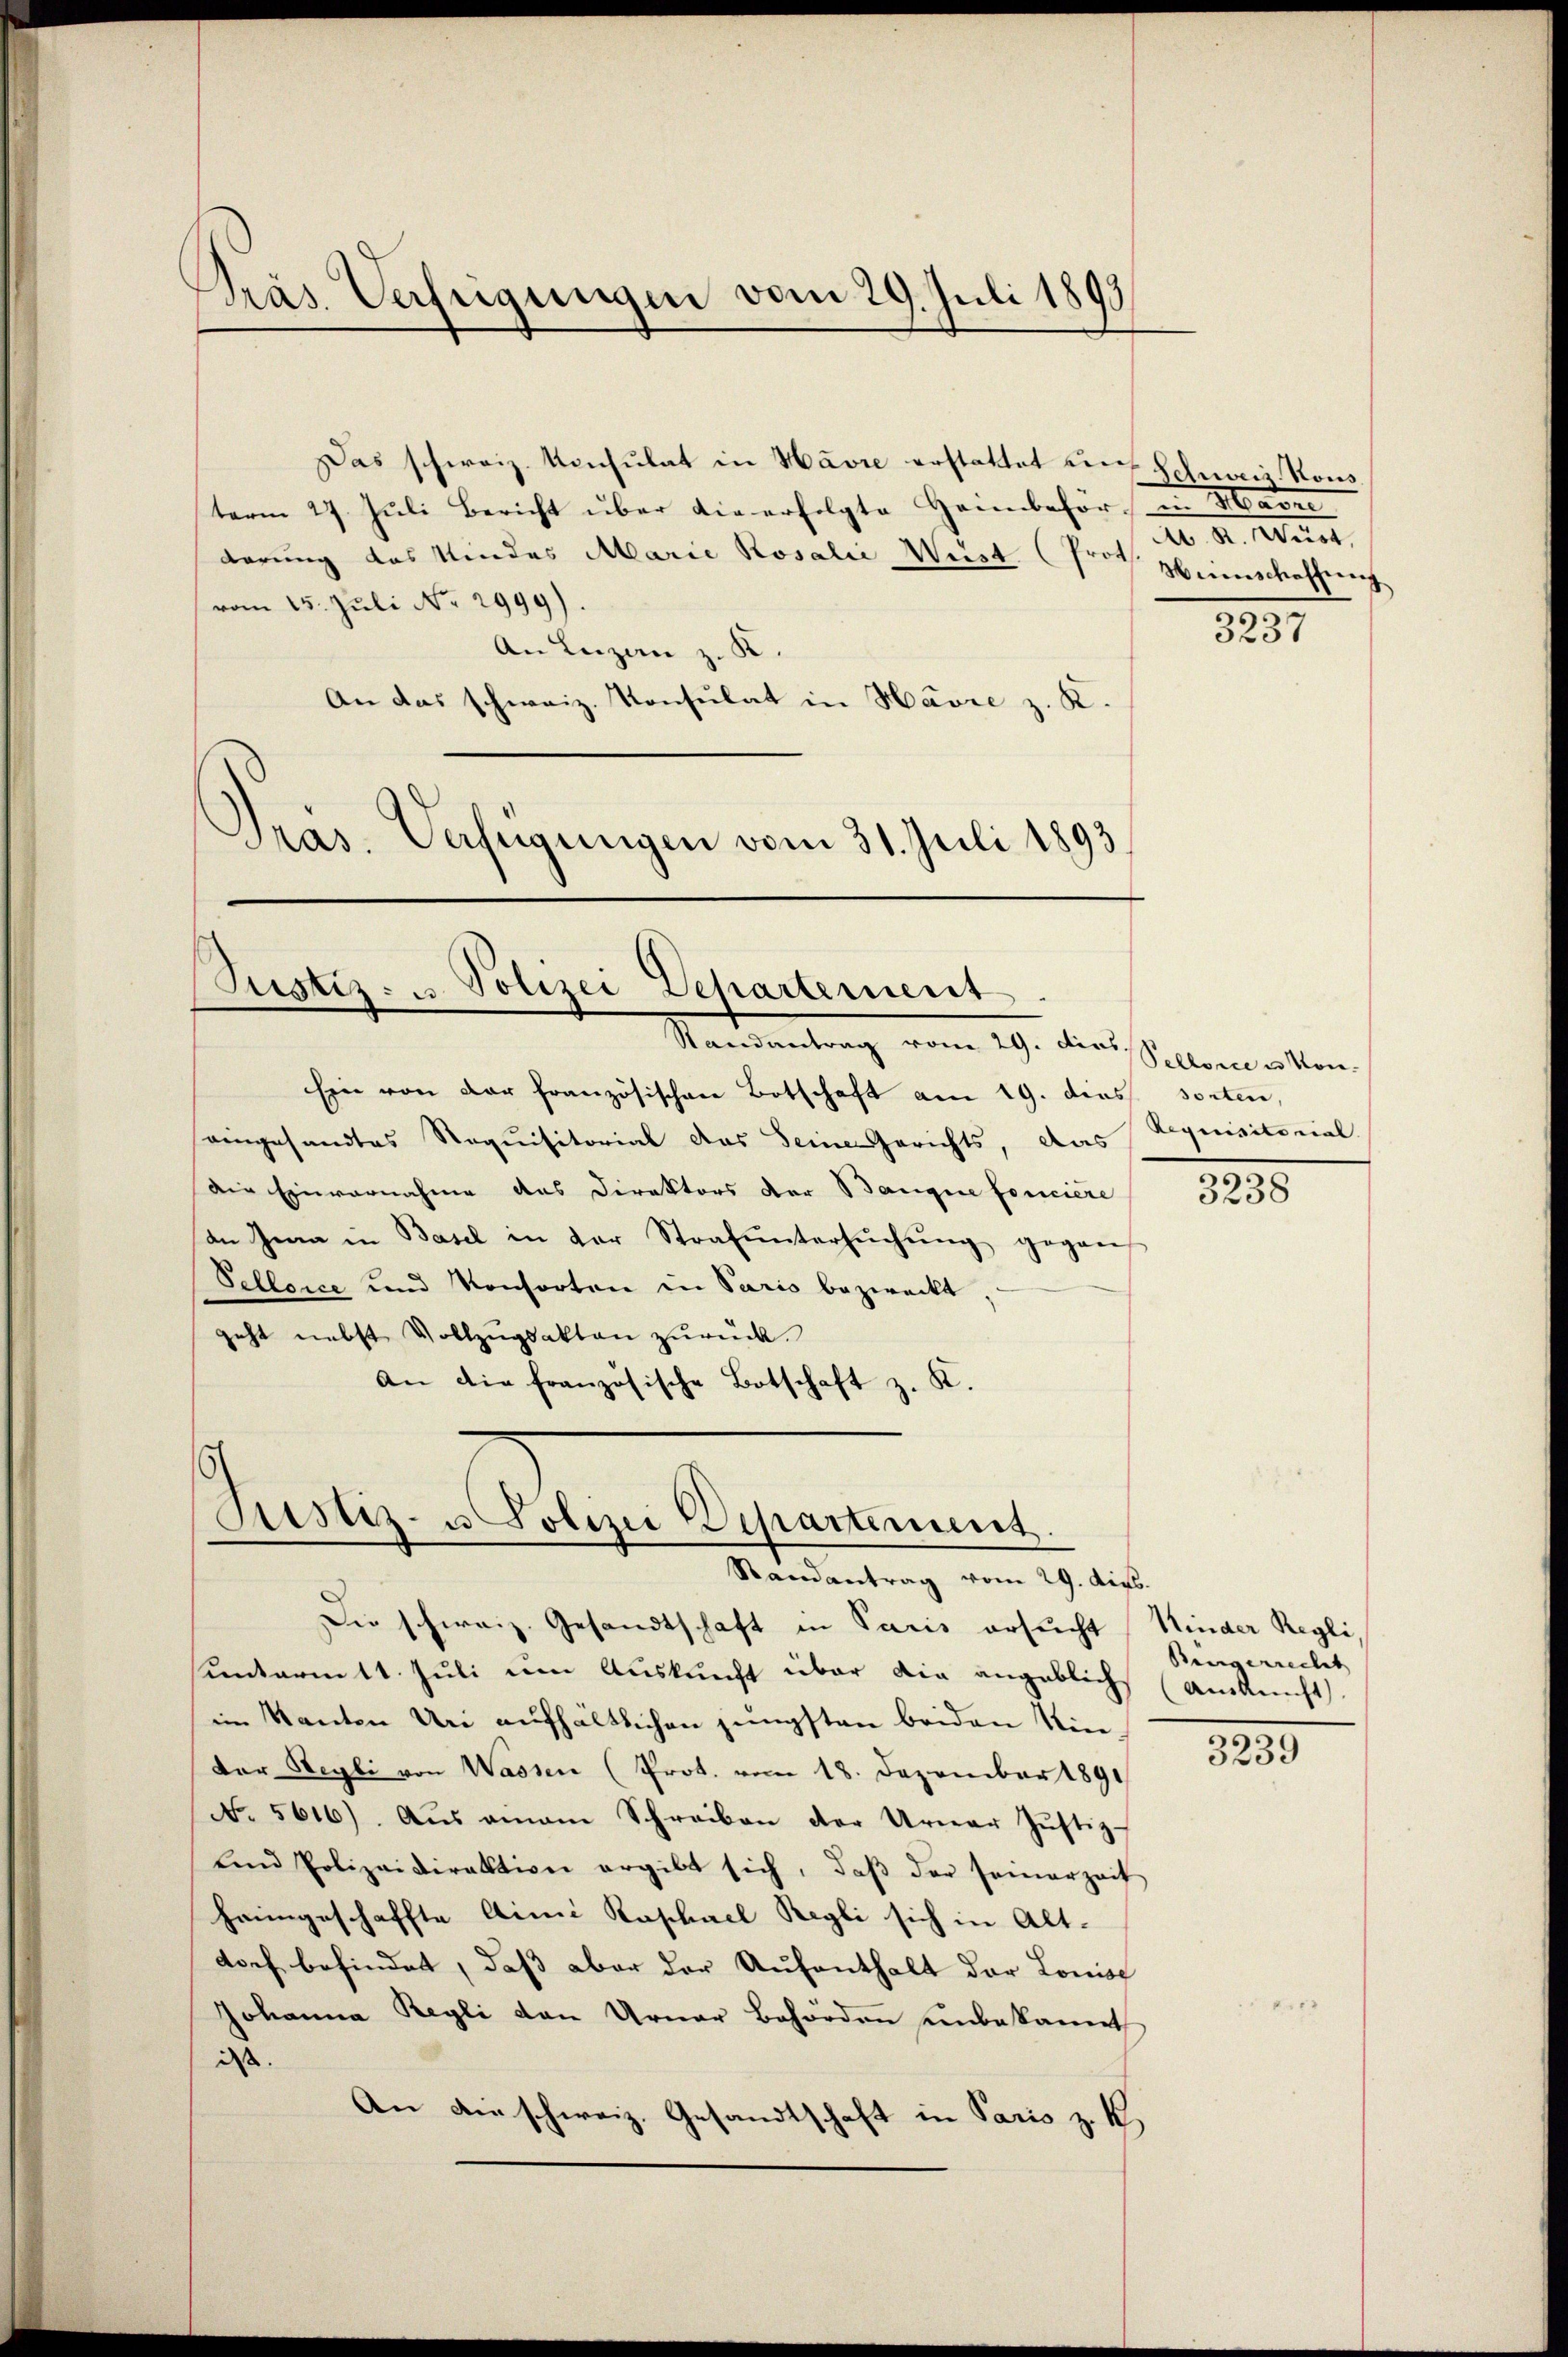
Pras Verfügungen vom 29. Juli 1899
t

Das schweiz. Konsulat in Havre erstattet die Schweiz. Kons
term 27. Jŭli Bericht über die erfolgte Heimbehör, in Havre
derung des Kindes Marie Rosalie Weist (Prof. Heimschaffung
vom 15. Juli No 2999).
An Luzern z. K.
An das schweiz. Konsulat in Havre z. K
Pras. Verfügungen vom 31. Juli 1893

(Justiz- u Polizei Departement.

Justiz- u. Polizei Departement.

Randantrag vom 29. dies
Ein von der französischen Botschaft am 19. dies sorten,
eingesandtes Noquisitorial das Seine Gerichts, das
Die Einvernahme das Direktors der Banque foncière
an Jena in Basel in der Strafŭntersŭchŭng gegen
Tellence und Konsorten in Paris bezweckt,
geht nebst Vollzŭgsakten zurück.
an die französische Botschaft z. K.

d. d. Mts.
19.

Randantrag vom 29. dies
Die schweiz. Gesandtschaft in Paris ersucht Kinder Regli
unterm 11. Juli um Auskunft über die angeblich (Ankunft
im Kanton Uri aufhältlichen jüngsten beiden Winder Regli von Wassen (Prot. vom 18. Dezember 1891
No. 5616). Aus einem Schreiben der Urner Jŭstiz-
ŭnd Polizeidirektion ergibt sich, daβ der seinerzeit
heimgeschaffte Aimi Raphael Regli sich in Alt-
dorf befindet, daß aber der Aufenthalt der Lonisc
Johanna Regli den Urner Behörden unbekannt
dass
An die schweiz. Gesandtschaft in Paris z. B.

3237

Pellorie es von
Requisitorial

3
3438

Bengerrecht
.

3239